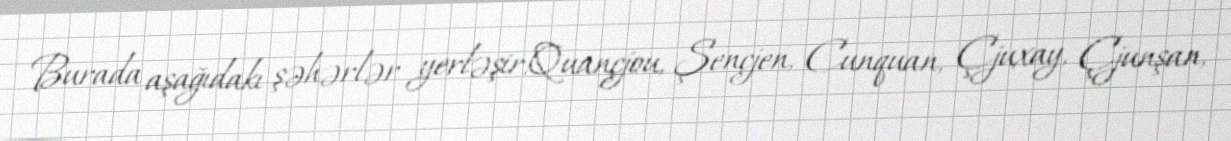
Burada aşağıdakı şəhərlər yerləşir:Quançjou, Şençjen, Cunquan, Çjuxay, Çjunşan,